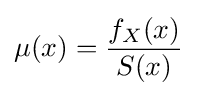
\mu (x)={\frac {f_{X}(x)}{S(x)}}